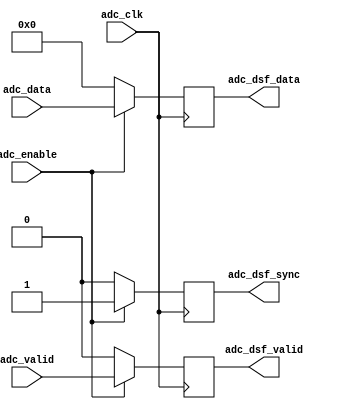
// ***************************************************************************
// ***************************************************************************
// Copyright 2014 - 2017 (c) Analog Devices, Inc. All rights reserved.
//
// In this HDL repository, there are many different and unique modules, consisting
// of various HDL (Verilog or VHDL) components. The individual modules are
// developed independently, and may be accompanied by separate and unique license
// terms.
//
// The user should read each of these license terms, and understand the
// freedoms and responsibilities that he or she has by using this source/core.
//
// This core is distributed in the hope that it will be useful, but WITHOUT ANY
// WARRANTY; without even the implied warranty of MERCHANTABILITY or FITNESS FOR
// A PARTICULAR PURPOSE.
//
// Redistribution and use of source or resulting binaries, with or without modification
// of this file, are permitted under one of the following two license terms:
//
//   1. The GNU General Public License version 2 as published by the
//      Free Software Foundation, which can be found in the top level directory
//      of this repository (LICENSE_GPL2), and also online at:
//      <https://www.gnu.org/licenses/old-licenses/gpl-2.0.html>
//
// OR
//
//   2. An ADI specific BSD license, which can be found in the top level directory
//      of this repository (LICENSE_ADIBSD), and also on-line at:
//      https://github.com/analogdevicesinc/hdl/blob/master/LICENSE_ADIBSD
//      This will allow to generate bit files and not release the source code,
//      as long as it attaches to an ADI device.
//
// ***************************************************************************
// ***************************************************************************

`timescale 1ns/100ps

module util_cpack_dsf #(

  parameter   CHANNEL_DATA_WIDTH  = 32,
  parameter   NUM_OF_CHANNELS_I   =  4,
  parameter   NUM_OF_CHANNELS_M   =  8,
  parameter   NUM_OF_CHANNELS_P   =  4) (

  // adc interface

  input                   adc_clk,
  input                   adc_valid,
  input                   adc_enable,
  input       [(CHANNEL_DATA_WIDTH*NUM_OF_CHANNELS_I-1):0]  adc_data,

  // dma interface

  output  reg             adc_dsf_valid,
  output  reg             adc_dsf_sync,
  output  reg [(CHANNEL_DATA_WIDTH*NUM_OF_CHANNELS_P-1):0]  adc_dsf_data);


  localparam  CH_DCNT = NUM_OF_CHANNELS_P - NUM_OF_CHANNELS_I;
  localparam  I_WIDTH = CHANNEL_DATA_WIDTH*NUM_OF_CHANNELS_I;
  localparam  P_WIDTH = CHANNEL_DATA_WIDTH*NUM_OF_CHANNELS_P;
  localparam  M_WIDTH = CHANNEL_DATA_WIDTH*NUM_OF_CHANNELS_M;

  // internal registers

  reg     [  2:0]           adc_samples_int = 'd0;
  reg     [(M_WIDTH-1):0]   adc_data_int = 'd0;
  // internal signals

  wire    [(M_WIDTH-1):0]   adc_data_s;

  // bypass

  generate
  if (NUM_OF_CHANNELS_I == NUM_OF_CHANNELS_P) begin
  assign adc_data_s = 'd0;

  always @(posedge adc_clk) begin
    adc_samples_int <= 'd0;
    adc_data_int <= 'd0;
    if (adc_enable == 1'b1) begin
      adc_dsf_valid <= adc_valid;
      adc_dsf_sync <= 1'b1;
      adc_dsf_data <= adc_data;
    end else begin
      adc_dsf_valid <= 'b0;
      adc_dsf_sync <= 'b0;
      adc_dsf_data <= 'd0;
    end
  end
  end
  endgenerate

  // data store & forward

  generate
  if (NUM_OF_CHANNELS_P > NUM_OF_CHANNELS_I) begin
  reg                       adc_dsf_valid_int = 'd0;
  reg                       adc_dsf_sync_int = 'd0;
  reg     [(P_WIDTH-1):0]   adc_dsf_data_int = 'd0;
  assign adc_data_s[(M_WIDTH-1):I_WIDTH] = 'd0;
  assign adc_data_s[(I_WIDTH-1):0] = adc_data;

  always @(posedge adc_clk) begin
    if (adc_valid == 1'b1) begin
      if (adc_samples_int >= CH_DCNT) begin
        adc_samples_int <= adc_samples_int - CH_DCNT;
      end else begin
        adc_samples_int <= adc_samples_int + NUM_OF_CHANNELS_I;
      end
      adc_data_int <= {adc_data_s[(I_WIDTH-1):0],
        adc_data_int[(M_WIDTH-1):I_WIDTH]};
    end
  end

  always @(posedge adc_clk) begin
    if (adc_samples_int >= CH_DCNT) begin
      adc_dsf_valid_int <= adc_valid;
    end else begin
      adc_dsf_valid_int <= 1'b0;
    end
    if (adc_dsf_sync_int == 1'b1) begin
      if (adc_dsf_valid_int == 1'b1) begin
        adc_dsf_sync_int <= 1'b0;
      end
    end else begin
      if (adc_samples_int == 3'd0) begin
        adc_dsf_sync_int <= 1'b1;
      end
    end
  end

  always @(posedge adc_clk) begin
    if (adc_valid == 1'b1) begin
      case (adc_samples_int)
        3'b111:  adc_dsf_data_int <= {adc_data_s[((CHANNEL_DATA_WIDTH*1)-1):0],
                    adc_data_int[((CHANNEL_DATA_WIDTH*8)-1):(CHANNEL_DATA_WIDTH*1)]};
        3'b110:  adc_dsf_data_int <= {adc_data_s[((CHANNEL_DATA_WIDTH*2)-1):0],
                    adc_data_int[((CHANNEL_DATA_WIDTH*8)-1):(CHANNEL_DATA_WIDTH*2)]};
        3'b101:  adc_dsf_data_int <= {adc_data_s[((CHANNEL_DATA_WIDTH*3)-1):0],
                    adc_data_int[((CHANNEL_DATA_WIDTH*8)-1):(CHANNEL_DATA_WIDTH*3)]};
        3'b100:  adc_dsf_data_int <= {adc_data_s[((CHANNEL_DATA_WIDTH*4)-1):0],
                    adc_data_int[((CHANNEL_DATA_WIDTH*8)-1):(CHANNEL_DATA_WIDTH*4)]};
        3'b011:  adc_dsf_data_int <= {adc_data_s[((CHANNEL_DATA_WIDTH*5)-1):0],
                    adc_data_int[((CHANNEL_DATA_WIDTH*8)-1):(CHANNEL_DATA_WIDTH*5)]};
        3'b010:  adc_dsf_data_int <= {adc_data_s[((CHANNEL_DATA_WIDTH*6)-1):0],
                    adc_data_int[((CHANNEL_DATA_WIDTH*8)-1):(CHANNEL_DATA_WIDTH*6)]};
        3'b001:  adc_dsf_data_int <= {adc_data_s[((CHANNEL_DATA_WIDTH*7)-1):0],
                    adc_data_int[((CHANNEL_DATA_WIDTH*8)-1):(CHANNEL_DATA_WIDTH*7)]};
        3'b000:  adc_dsf_data_int <= adc_data_s;
        default: adc_dsf_data_int <= 'd0;
      endcase
    end
  end

  always @(posedge adc_clk) begin
    if (adc_enable == 1'b1) begin
      adc_dsf_valid <= adc_dsf_valid_int;
      adc_dsf_sync <= adc_dsf_sync_int;
      adc_dsf_data <= adc_dsf_data_int[(P_WIDTH-1):0];
    end else begin
      adc_dsf_valid <= 'b0;
      adc_dsf_sync <= 'b0;
      adc_dsf_data <= 'd0;
    end
  end
  end
  endgenerate

endmodule

// ***************************************************************************
// ***************************************************************************